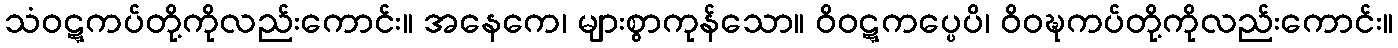
သံဝဋ္ဋကပ်တို့ကိုလည်းကောင်း။ အနေကေ၊ များစွာကုန်သော။ ဝိဝဋ္ဋကပ္ပေပိ၊ ဝိဝဍ္ဎကပ်တို့ကိုလည်းကောင်း။